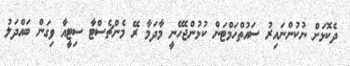
ދެކޮޅަށް ނުކުންނައިރު ސައުތްހަމްޓަން ކުޅުންޖެހޭނީ މާދަމާ ރޭ މެންޗެސްޓާ ސިޓީއާ ވިގަން ބައްދަލު